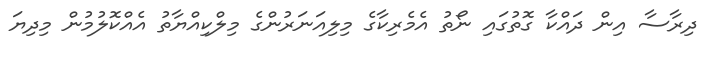
ދިރާސާ އިން ދައްކާ ގޮތުގައި ނޯތު އެމެރިކާގެ މިލިއަނަރުންގެ މިލްކިއްޔާތު އެއްކޮލުމުން މިދިޔަ